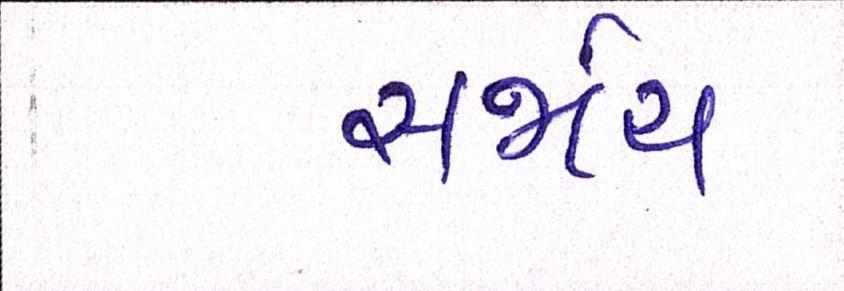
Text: સર્જાય